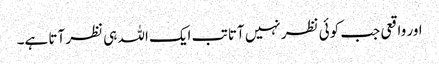
اور واقعی جب کوئی نظر نہیں آتا تب ایک اللہ ہی نظر آتا ہے۔